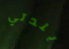
بلدتي